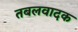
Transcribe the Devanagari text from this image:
तबलवादक